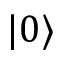
| 0 \rangle